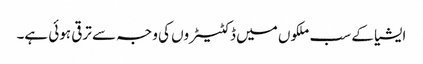
ایشیا کے سب ملکوں میں ڈکٹیٹروں کی وجہ سے ترقی ہوئی ہے۔